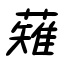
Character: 薙